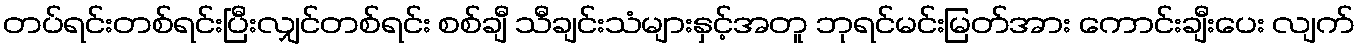
တပ်ရင်းတစ်ရင်းပြီးလျှင်တစ်ရင်း စစ်ချီ သီချင်းသံများနှင့်အတူ ဘုရင်မင်းမြတ်အား ကောင်းချီးပေး လျက်